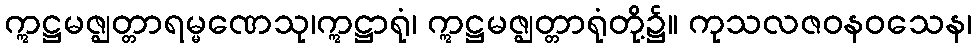
ဣဋ္ဌမဇ္ဈတ္တာရမ္မဏေသု၊ဣဋ္ဌာရုံ၊ ဣဋ္ဌမဇ္ဈတ္တာရုံတို့၌။ ကုသလဇဝနဝသေန၊